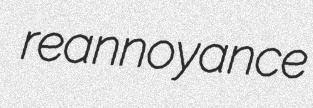
reannoyance